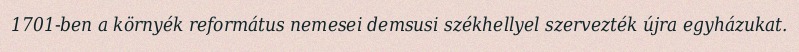
1701-ben a környék református nemesei demsusi székhellyel szervezték újra egyházukat.